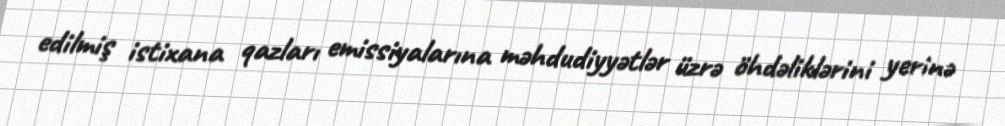
edilmiş istixana qazları emissiyalarına məhdudiyyətlər üzrə öhdəliklərini yerinə